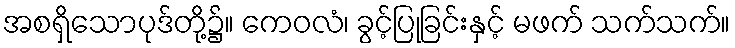
အစရှိသောပုဒ်တို့၌။ ကေဝလံ၊ ခွင့်ပြုခြင်းနှင့် မဖက် သက်သက်။